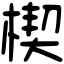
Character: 楔